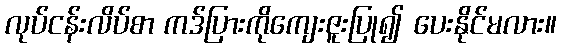
လုပ်ငန်းလိပ်စာ ကဒ်ပြားကိုကျေးဇူးပြု၍ ပေးနိုင်မလား။